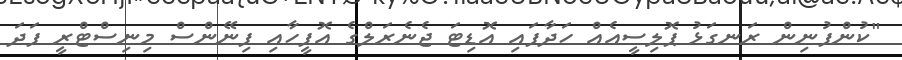
"ކުންފުނިން ރަނގަޅު ޕޮލިސީއެއް ހަދާފައި އޮޑިޓަ ޖެނެރަލްގެ އޮފީހާއި ފިނޭންސް މިނިސްޓްރީ ފަދަ